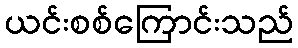
ယင်းစစ်ကြောင်းသည်